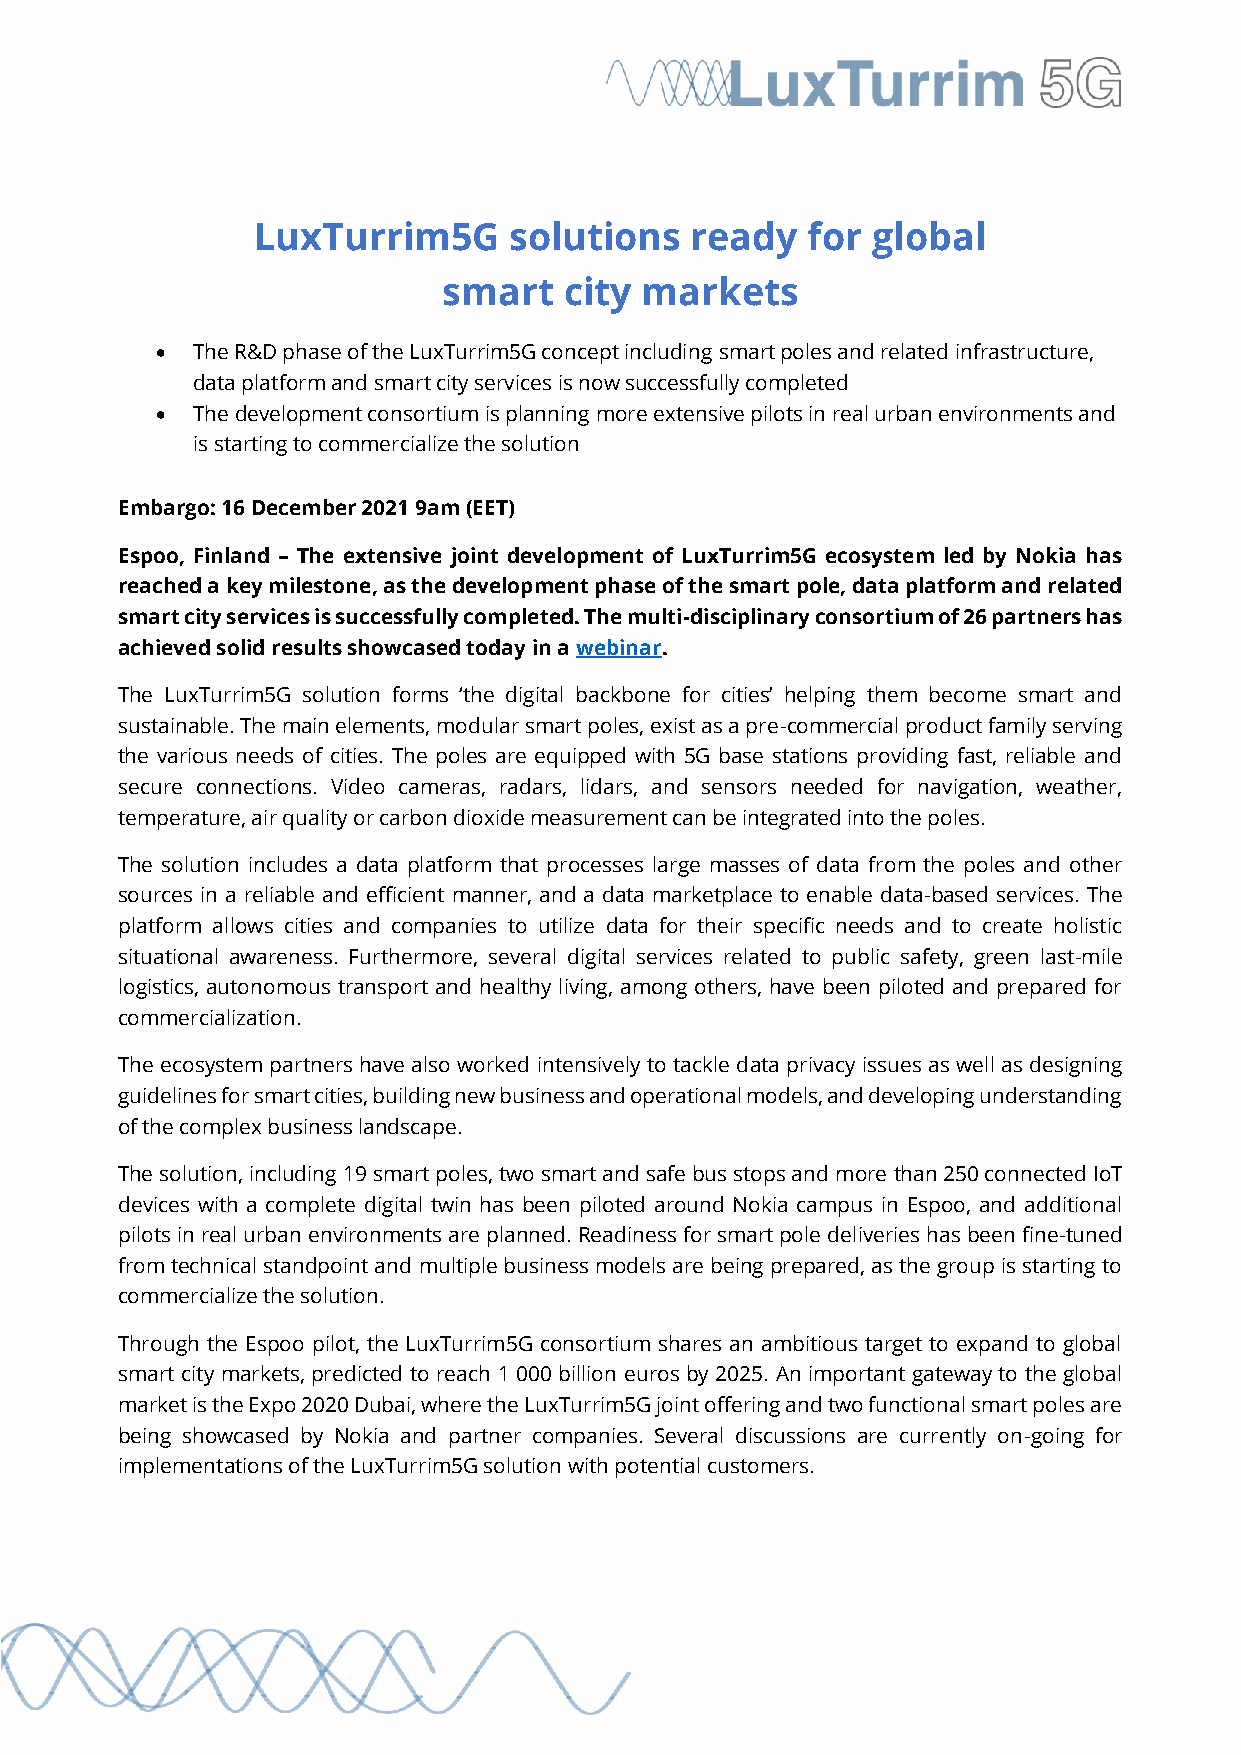
LuxTurrim5G      solutions   ready  for  global
 smart   city markets
 •  The R&D phase of the LuxTurrim5G concept including smart poles and related infrastructure,
 data platform and smart city services is now successfully completed
 •  The development consortium is planning more extensive pilots in real urban environments and
 is starting to commercialize the solution
 Embargo: 16 December 2021 9am (EET)
 Espoo, Finland – The extensive joint development of LuxTurrim5G ecosystem led by Nokia has
 reached a key milestone, as the development phase of the smart pole, data platform and related
 smart city services is successfully completed. The multi-disciplinary consortium of 26 partners has
 achieved solid results showcased today in a webinar.
 The LuxTurrim5G solution forms ‘the digital backbone for cities’ helping them become smart and
 sustainable. The main elements, modular smart poles, exist as a pre-commercial product family serving
 the various needs of cities. The poles are equipped with 5G base stations providing fast, reliable and
 secure connections. Video cameras, radars, lidars, and sensors needed for navigation, weather,
 temperature, air quality or carbon dioxide measurement can be integrated into the poles.
 The solution includes a data platform that processes large masses of data from the poles and other
 sources in a reliable and efficient manner, and a data marketplace to enable data-based services. The
 platform allows cities and companies to utilize data for their specific needs and to create holistic
 situational awareness. Furthermore, several digital services related to public safety, green last-mile
 logistics, autonomous transport and healthy living, among others, have been piloted and prepared for
 commercialization.
 The ecosystem partners have also worked intensively to tackle data privacy issues as well as designing
 guidelines for smart cities, building new business and operational models, and developing understanding
 of the complex business landscape.
 The solution, including 19 smart poles, two smart and safe bus stops and more than 250 connected IoT
 devices with a complete digital twin has been piloted around Nokia campus in Espoo, and additional
 pilots in real urban environments are planned. Readiness for smart pole deliveries has been fine-tuned
 from technical standpoint and multiple business models are being prepared, as the group is starting to
 commercialize the solution.
 Through the Espoo pilot, the LuxTurrim5G consortium shares an ambitious target to expand to global
 smart city markets, predicted to reach 1 000 billion euros by 2025. An important gateway to the global
 market is the Expo 2020 Dubai, where the LuxTurrim5G joint offering and two functional smart poles are
 being showcased by Nokia and partner companies. Several discussions are currently on-going for
 implementations of the LuxTurrim5G solution with potential customers.